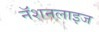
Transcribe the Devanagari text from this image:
नॅशनलाइज